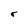
Character: r